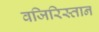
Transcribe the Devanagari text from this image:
वजिरिस्तान